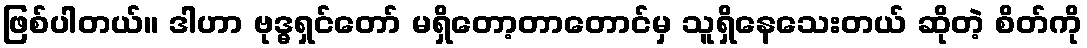
ဖြစ်ပါတယ်။ ဒါဟာ ဗုဒ္ဓရှင်တော် မရှိတော့တာတောင်မှ သူရှိနေသေးတယ် ဆိုတဲ့ စိတ်ကို